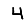
Digit: 4